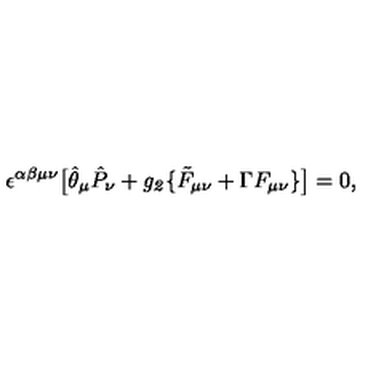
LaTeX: \epsilon ^ { \alpha \beta \mu \nu } \big [ \hat { \theta } _ { \mu } \hat { P } _ { \nu } + { \it g _ { 2 } } \{ \tilde { F } _ { \mu \nu } + \Gamma F _ { \mu \nu } \} \big ] = 0 ,